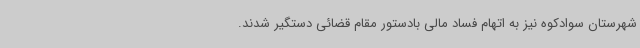
شهرستان سوادکوه نیز به اتهام فساد مالی بادستور مقام قضائی دستگیر شدند.